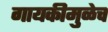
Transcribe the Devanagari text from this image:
गायकीमुळेच